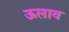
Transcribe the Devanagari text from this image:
ऊलाव